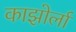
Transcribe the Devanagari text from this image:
काझोर्ला